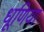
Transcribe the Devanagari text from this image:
धूणिया